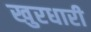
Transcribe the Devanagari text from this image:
खुरधारी